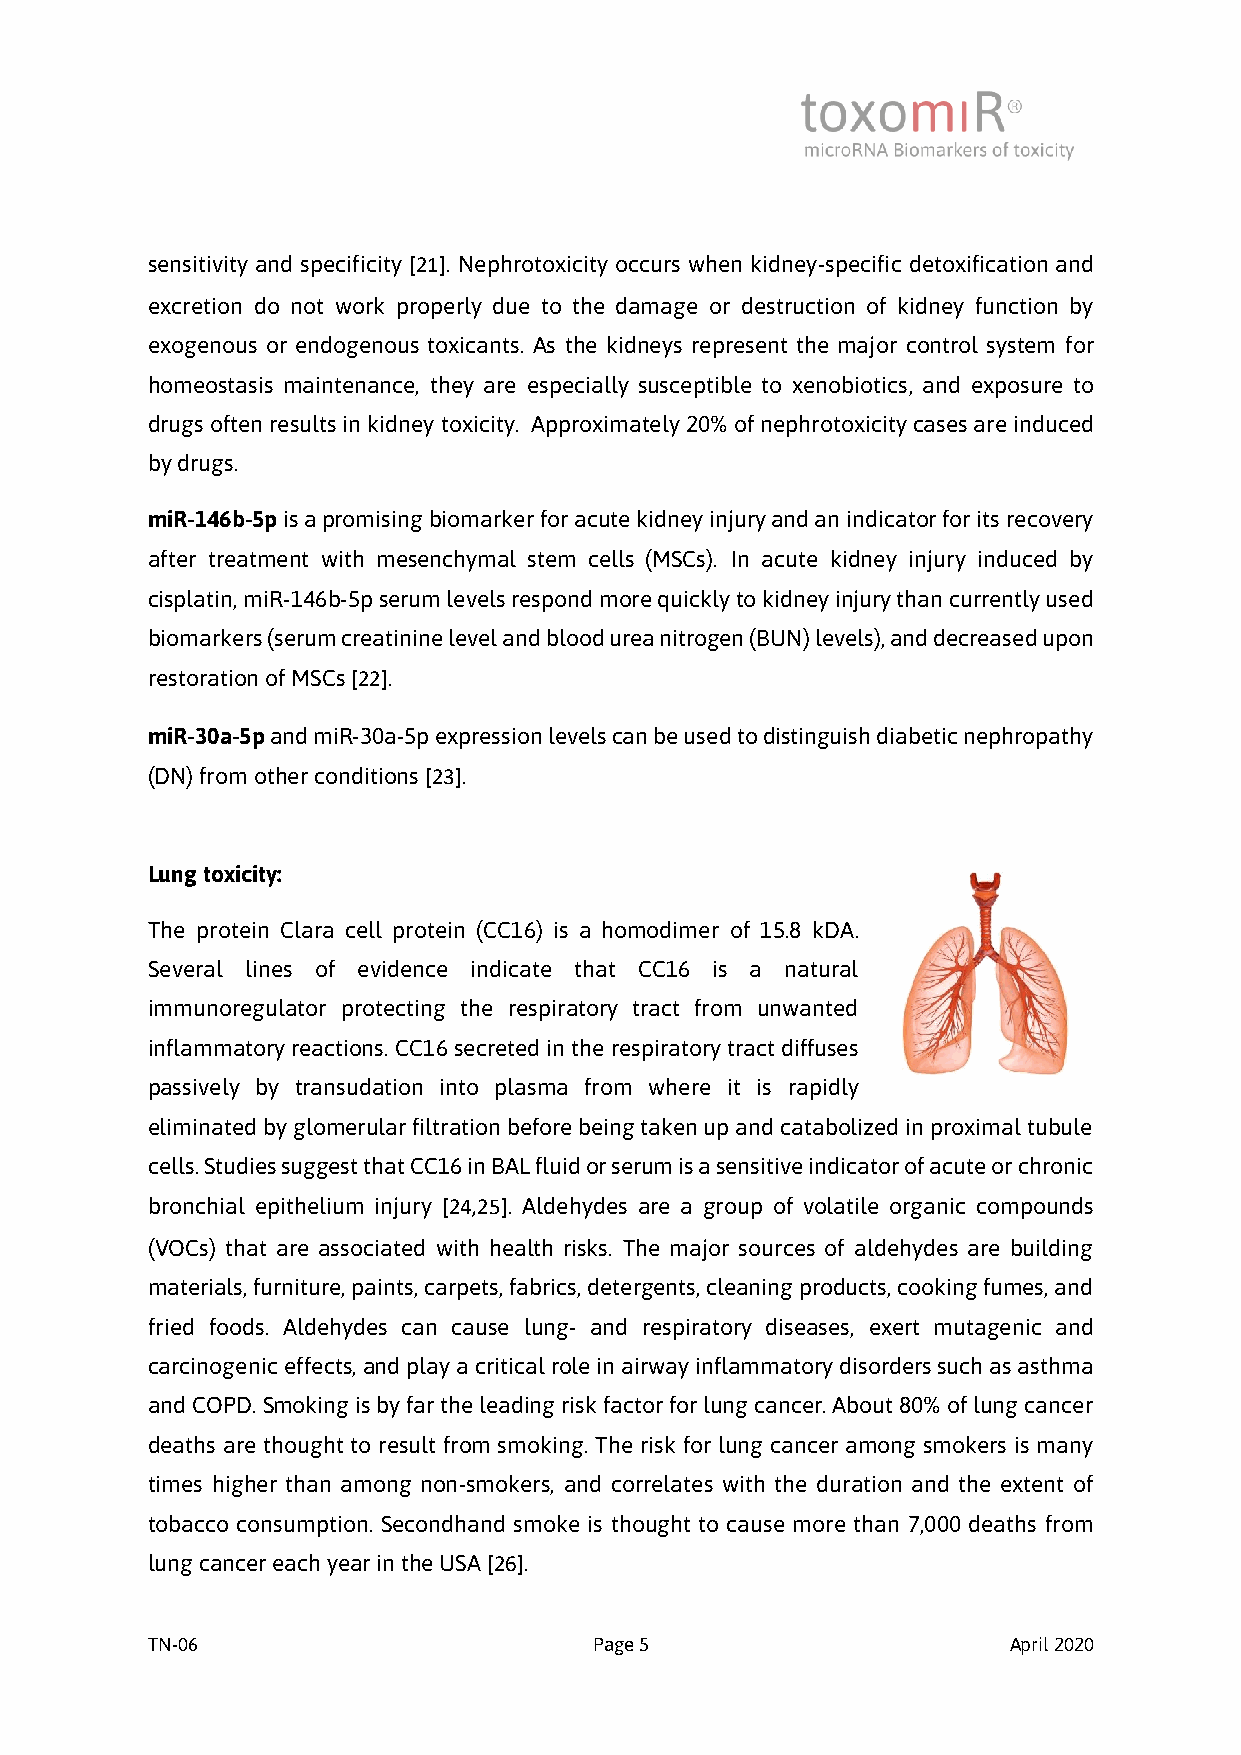
sensitivity and specificity [21]. Nephrotoxicity occurs when kidney-specific detoxification and
 excretion do not work properly due to the damage or destruction of kidney function by
 exogenous or endogenous toxicants. As the kidneys represent the major control system for
 homeostasis maintenance, they are especially susceptible to xenobiotics, and exposure to
 drugs often results in kidney toxicity. Approximately 20% of nephrotoxicity cases are induced
 by drugs.
 miR-146b-5p is a promising biomarker for acute kidney injury and an indicator for its recovery
 after treatment with mesenchymal stem cells (MSCs). In acute kidney injury induced by
 cisplatin, miR-146b-5p serum levels respond more quickly to kidney injury than currently used
 biomarkers (serum creatinine level and blood urea nitrogen (BUN) levels), and decreased upon
 restoration of MSCs [22].
 miR-30a-5p and miR-30a-5p expression levels can be used to distinguish diabetic nephropathy
 (DN) from other conditions [23].
 Lung toxicity:
 The protein Clara cell protein (CC16) is a homodimer of 15.8 kDA.
 Several lines of evidence indicate that CC16 is a natural
 immunoregulator protecting the respiratory tract from unwanted
 inflammatory reactions. CC16 secreted in the respiratory tract diffuses
 passively by transudation into plasma from where it is rapidly
 eliminated by glomerular filtration before being taken up and catabolized in proximal tubule
 cells. Studies suggest that CC16 in BAL fluid or serum is a sensitive indicator of acute or chronic
 bronchial epithelium injury [24,25]. Aldehydes are a group of volatile organic compounds
 (VOCs) that are associated with health risks. The major sources of aldehydes are building
 materials, furniture, paints, carpets, fabrics, detergents, cleaning products, cooking fumes, and
 fried foods. Aldehydes can cause lung- and respiratory diseases, exert mutagenic and
 carcinogenic effects, and play a critical role in airway inflammatory disorders such as asthma
 and COPD. Smoking is by far the leading risk factor for lung cancer. About 80% of lung cancer
 deaths are thought to result from smoking. The risk for lung cancer among smokers is many
 times higher than among non-smokers, and correlates with the duration and the extent of
 tobacco consumption. Secondhand smoke is thought to cause more than 7,000 deaths from
 lung cancer each year in the USA [26].
 TN-06                        Page 5                      April 2020